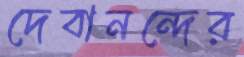
দেবানন্দের